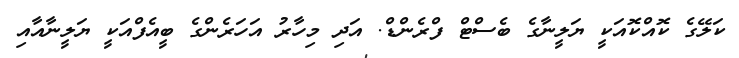
ކަލޭގެ ކޮއްކޮއަކީ ޔަލީނާގެ ބެސްޓް ފްރެންޑް. އަދި މިހާރު އަހަރެންގެ ބީއެފްއަކީ ޔަލީނާއާއި